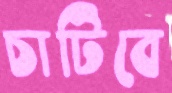
চাটিবে